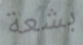
بشعة